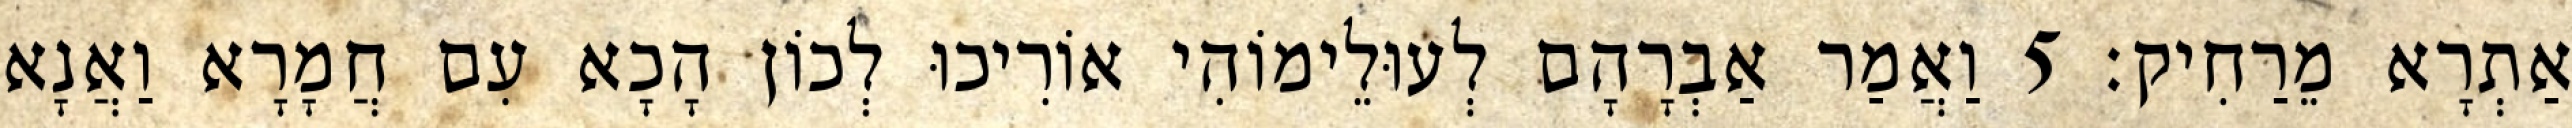
אַתְרָא מֵרַחִיק׃ 5 וַאֲמַר אַבְרָהָם לְעוּלֵימוֹהִי אוֹרִיכוּ לְכוֹן הָכָא עִם חֲמָרָא וַאֲנָא